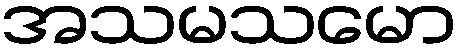
အသမသမော